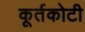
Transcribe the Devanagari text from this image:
कूर्तकोटी